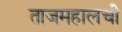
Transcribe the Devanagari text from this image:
ताजमहालची